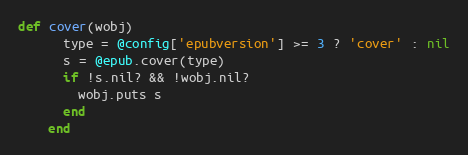
Language: Ruby
def cover(wobj)
      type = @config['epubversion'] >= 3 ? 'cover' : nil
      s = @epub.cover(type)
      if !s.nil? && !wobj.nil?
        wobj.puts s
      end
    end